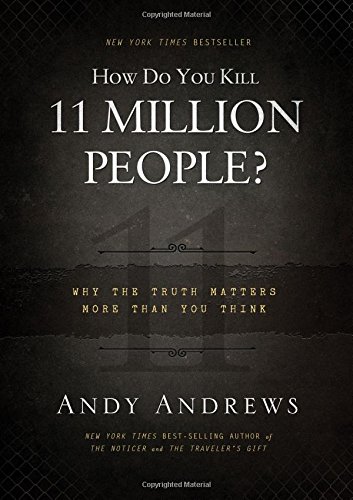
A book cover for How Do You Kill 11 Million People?: Why the Truth Matters More Than You Think; Andy Andrews; Politics & Social Sciences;